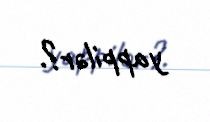
yappilər?.